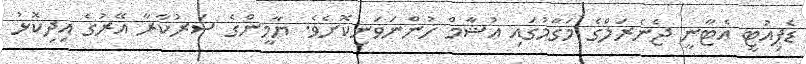
ޑެޕިއުޓީ އެޓާނީ ޖެނެރަލްގެ މަގާމުގައި އުޝާމް ހުންނަވަނިކޮށެވެ. ޔާމީންގެ ސަރުކާރާ އޭރުގެ އިދިކޮޅު